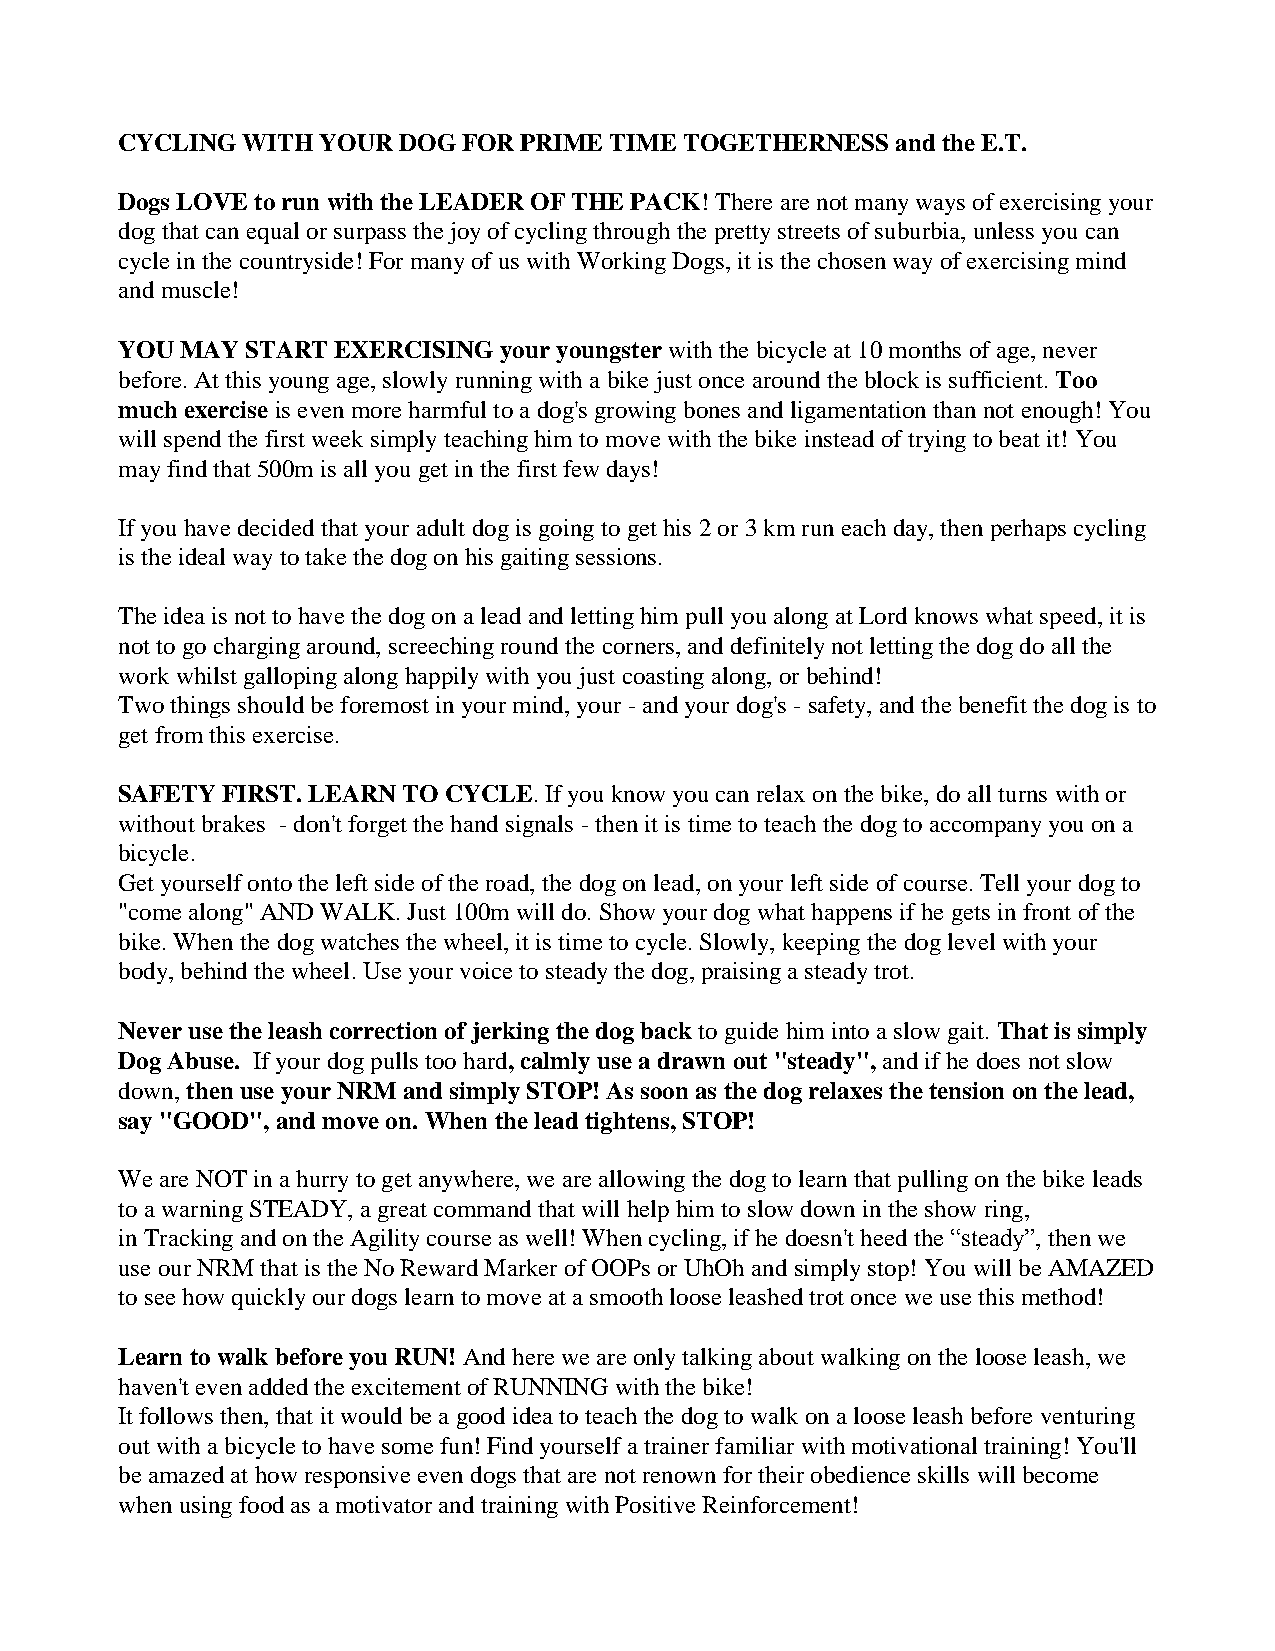
CYCLING WITH YOUR DOG  FOR PRIME TIME TOGETHERNESS and the E.T.
 Dogs LOVE to run with the LEADER OF THE PACK! There are not many ways of exercising your
 dog that can equal or surpass the joy of cycling through the pretty streets of suburbia, unless you can
 cycle in the countryside! For many of us with Working Dogs, it is the chosen way of exercising mind
 and muscle!
 YOU MAY START EXERCISING your youngster with the bicycle at 10 months of age, never
 before. At this young age, slowly running with a bike just once around the block is sufficient. Too
 much exercise is even more harmful to a dog's growing bones and ligamentation than not enough! You
 will spend the first week simply teaching him to move with the bike instead of trying to beat it! You
 may find that 500m is all you get in the first few days!
 If you have decided that your adult dog is going to get his 2 or 3 km run each day, then perhaps cycling
 is the ideal way to take the dog on his gaiting sessions.
 The idea is not to have the dog on a lead and letting him pull you along at Lord knows what speed, it is
 not to go charging around, screeching round the corners, and definitely not letting the dog do all the
 work whilst galloping along happily with you just coasting along, or behind!
 Two things should be foremost in your mind, your - and your dog's - safety, and the benefit the dog is to
 get from this exercise.
 SAFETY FIRST. LEARN TO CYCLE. If you know you can relax on the bike, do all turns with or
 without brakes - don't forget the hand signals - then it is time to teach the dog to accompany you on a
 bicycle.
 Get yourself onto the left side of the road, the dog on lead, on your left side of course. Tell your dog to
 "come along" AND WALK. Just 100m will do. Show your dog what happens if he gets in front of the
 bike. When the dog watches the wheel, it is time to cycle. Slowly, keeping the dog level with your
 body, behind the wheel. Use your voice to steady the dog, praising a steady trot.
 Never use the leash correction of jerking the dog back to guide him into a slow gait. That is simply
 Dog Abuse. If your dog pulls too hard, calmly use a drawn out "steady", and if he does not slow
 down, then use your NRM and simply STOP! As soon as the dog relaxes the tension on the lead,
 say "GOOD", and move on. When the lead tightens, STOP!
 We are NOT in a hurry to get anywhere, we are allowing the dog to learn that pulling on the bike leads
 to a warning STEADY, a great command that will help him to slow down in the show ring,
 in Tracking and on the Agility course as well! When cycling, if he doesn't heed the “steady”, then we
 use our NRM that is the No Reward Marker of OOPs or UhOh and simply stop! You will be AMAZED
 to see how quickly our dogs learn to move at a smooth loose leashed trot once we use this method!
 Learn to walk before you RUN! And here we are only talking about walking on the loose leash, we
 haven't even added the excitement of RUNNING with the bike!
 It follows then, that it would be a good idea to teach the dog to walk on a loose leash before venturing
 out with a bicycle to have some fun! Find yourself a trainer familiar with motivational training! You'll
 be amazed at how responsive even dogs that are not renown for their obedience skills will become
 when using food as a motivator and training with Positive Reinforcement!